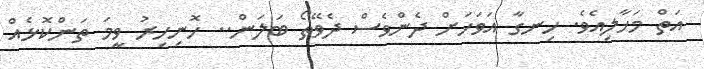
އަތް މަހާލިއެވެ. ހިނގާ އަވަހަށް ދެންވެސް ދެވޭތޯ ބަލަން.. ހޮނިހިރު ވީމަ ތަންކޮޅެއް